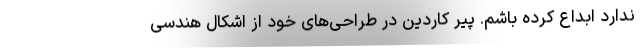
ندارد ابداع کرده باشم. پیر کاردین در طراحی‌های خود از اشکال هندسی